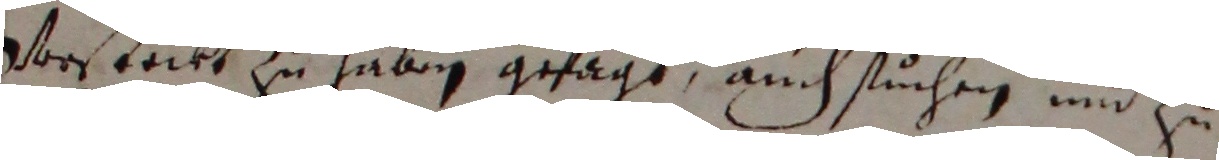
verstockt zu haben gesagt, auch suchen und zu